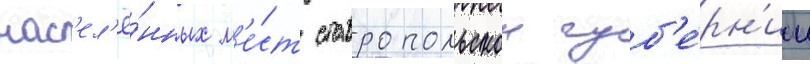
нас'ел'ё́нных м'е́ст ставропольскои губ'е́рн'ии